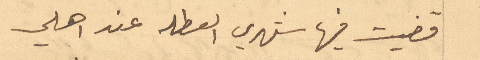
قضيت فيها شهري العطله عن اهلي